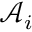
\mathcal { A } _ { i }